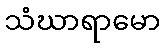
သံဃာရာမော